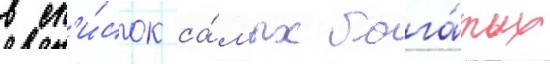
в сп'и́сок са́мых бога́тых